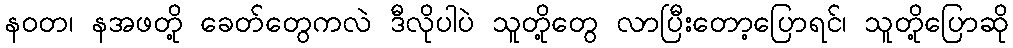
နဝတ၊ နအဖတို့ ခေတ်တွေကလဲ ဒီလိုပါပဲ သူတို့တွေ လာပြီးတော့ပြောရင်၊ သူတို့ပြောဆို